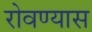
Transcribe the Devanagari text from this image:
रोवण्यास